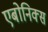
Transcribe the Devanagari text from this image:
एबोनिक्स